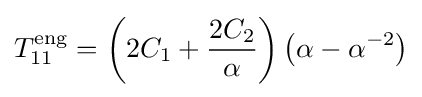
T_{11}^{\mathrm {eng} }=\left(2C_{1}+{\frac {2C_{2}}{\alpha }}\right)\left(\alpha -\alpha ^{-2}\right)